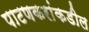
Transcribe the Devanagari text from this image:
पाटणकरांकडील